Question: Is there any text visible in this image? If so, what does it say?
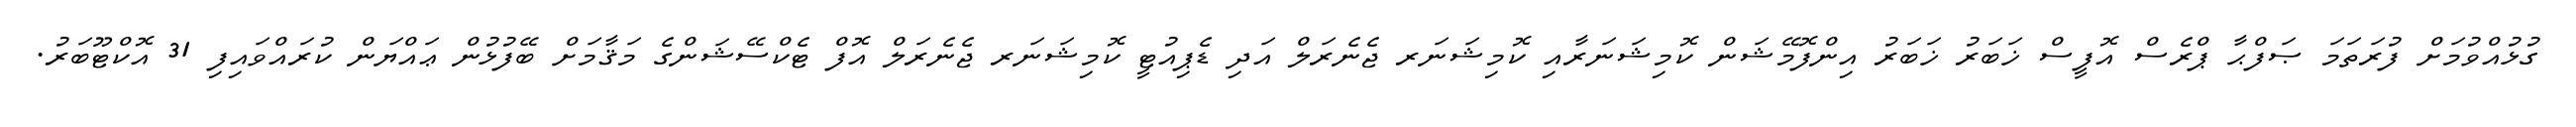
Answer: ގުޅުއްވުމަށް ފުރަތަމަ ޞަފްޙާ ޕްރެސް އޮފީސް ޚަބަރު ޚަބަރު އިންފޮމޭޝަން ކޮމިޝަނަރާއި ކޮމިޝަނަރ ޖެނެރަލް އަދި ޑެޕިއުޓީ ކޮމިޝަނަރ ޖެނެރަލް އޮފް ޓެކްސޭޝަންގެ މަޤާމަށް ބޭފުޅުން ޢައްޔަން ކުރައްވައިފި 31 އޮކްޓޫބަރު.